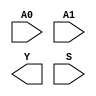
module sky130_fd_sc_hs__udp_mux_2to1_N (
    //# {{data|Data Signals}}
    input  A0,
    input  A1,
    output Y ,

    //# {{control|Control Signals}}
    input  S
);
endmodule